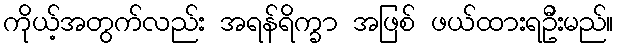
ကိုယ့်အတွက်လည်း အရန်ရိက္ခာ အဖြစ် ဖယ်ထားရဦးမည်။